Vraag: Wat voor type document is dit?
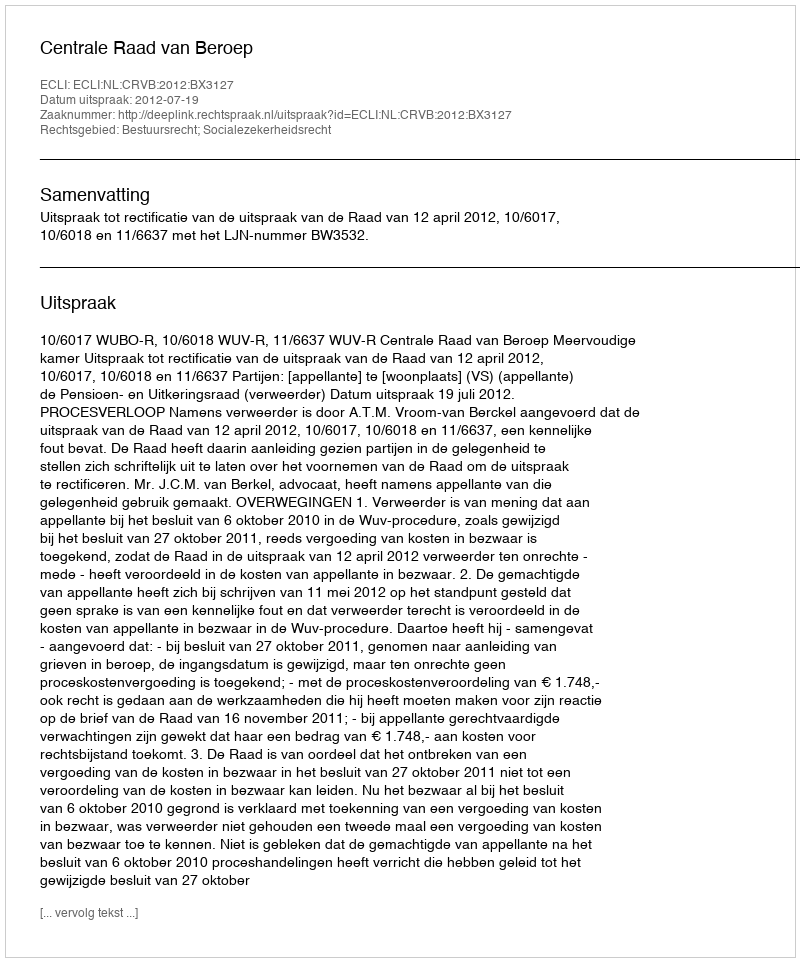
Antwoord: Uitspraak